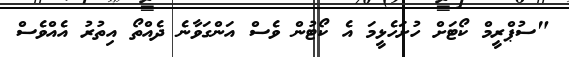
"ސުޕްރީމް ކޯޓަށް ހުށަހެޅީމަ އެ ކޯޓުން ވެސް އަންގަވާނެ ދެއްތޯ އިތުރު އެއްވެސް